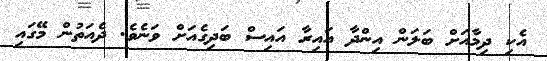
އެކި ދިމާއަށް ބަލަން އިންދާ އައިރާ އައިސް ބަދިގެއަށް ވަނެވެ. ދެއަތުން މޭގައި